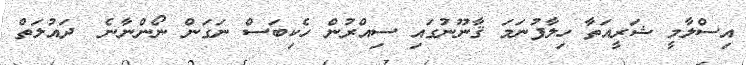
އިސްލާމީ ޝަރީއަތާ ހިލާފުނަމަ ޤާނޫނުގައި ސިއްރުން ހެކިބަސް ނަގަން ނޯންނާނެ  ދައުލަތް